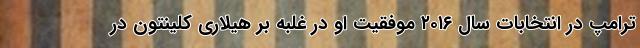
ترامپ در انتخابات سال ۲۰۱۶ موفقیت او در غلبه بر هیلاری کلینتون در